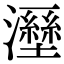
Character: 𤃁